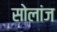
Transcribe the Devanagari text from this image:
सोलांज